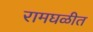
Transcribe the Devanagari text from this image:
रामघळीत